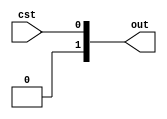
// SPDX-FileCopyrightText: SIMPLE-Crypto Contributors <info@simple-crypto.dev>
// SPDX-License-Identifier: CERN-OHL-P-2.0
// Copyright SIMPLE-Crypto Contributors.
// This source describes Open Hardware and is licensed under the CERN-OHL-P v2.
// You may redistribute and modify this source and make products using it under
// the terms of the CERN-OHL-P v2 (https://ohwr.org/cern_ohl_p_v2.txt).
// This source is distributed WITHOUT ANY EXPRESS OR IMPLIED WARRANTY, INCLUDING
// OF MERCHANTABILITY, SATISFACTORY QUALITY AND FITNESS FOR A PARTICULAR PURPOSE.
// Please see the CERN-OHL-P v2 for applicable conditions.

// Mask a non-sentitive variable x into a sharing (x, 0, ..., 0)
`ifdef FULLVERIF
(* fv_prop = "affine", fv_strat = "isolate", fv_order = d *)
`endif
`ifndef DEFAULTSHARES
`define DEFAULTSHARES 2
`endif
module MSKcst #(parameter d=`DEFAULTSHARES, parameter count=1) (cst, out);

(* fv_type = "control" *)       input [count-1:0] cst;
(* fv_type = "sharing", fv_count = count, fv_latency = 0 *) output [count*d-1:0] out;

genvar i;
for(i=0; i<count; i=i+1) begin: i_gen_m
    assign out[i*d +: d] = {{(d-1){1'b0}}, cst[i]};
end

endmodule